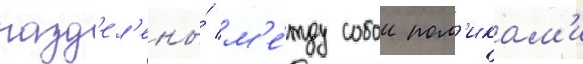
разд'ел'ены́ м'е́жду собои пол'икам'и